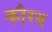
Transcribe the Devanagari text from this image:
कौरब